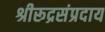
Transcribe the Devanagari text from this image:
श्रीरूद्रसंप्रदाय